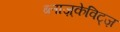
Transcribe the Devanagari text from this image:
ब्लाज़्केविट्ज़